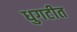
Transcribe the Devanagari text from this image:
धुगटीत